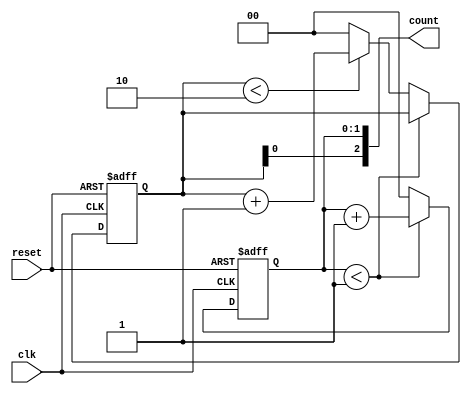
module mixed_radix_counter (
    input wire clk,          // Clock input
    input wire reset,        // Asynchronous reset input
    output reg [2:0] count   // Output representing the count (3 digits)
);

    // Define the maximum values for each digit based on their radix
    localparam RADIX_1 = 2;  // Base 2 for digit 1
    localparam RADIX_2 = 3;  // Base 3 for digit 2
    localparam RADIX_3 = 4;  // Base 4 for digit 3

    // Internal registers to hold the state of each digit
    reg [1:0] digit1;  // 2 bits for base 2 (00 to 01)
    reg [1:0] digit2;  // 2 bits for base 3 (00 to 02)
    reg [1:0] digit3;  // 2 bits for base 4 (00 to 03)

    always @(posedge clk or posedge reset) begin
        if (reset) begin
            // Asynchronous reset
            digit1 <= 0;
            digit2 <= 0;
            digit3 <= 0;
        end else begin
            // Increment logic
            if (digit1 < RADIX_1 - 1) begin
                digit1 <= digit1 + 1;
            end else begin
                digit1 <= 0;  // Reset digit1
                if (digit2 < RADIX_2 - 1) begin
                    digit2 <= digit2 + 1;
                end else begin
                    digit2 <= 0;  // Reset digit2
                    if (digit3 < RADIX_3 - 1) begin
                        digit3 <= digit3 + 1;
                    end else begin
                        digit3 <= 0;  // Reset digit3
                    end
                end
            end
        end
    end

    // Combine the digits into the output count
    assign count = {digit3, digit2, digit1};

endmodule